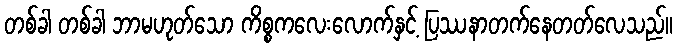
တစ်ခါ တစ်ခါ ဘာမဟုတ်သော ကိစ္စကလေးလောက်နှင့် ပြဿနာတက်နေတတ်လေသည်။